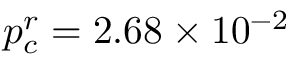
p _ { c } ^ { r } = 2 . 6 8 \times 1 0 ^ { - 2 }